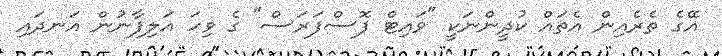
އޭގެ ތެރެއިން އެތައް ކުދީންނަކީ "ވައިޓް ފޮސްފަރަސް" ގެ ވިހަ އަލިފާނުން އަނދައި